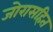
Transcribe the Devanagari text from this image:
जोरासहित